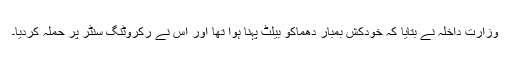
وزارت داخلہ نے بتایا کہ خودکش بمبار دھماکو بیلٹ پہنا ہوا تھا اور اس نے رکروٹنگ سنٹر پر حملہ کردیا۔